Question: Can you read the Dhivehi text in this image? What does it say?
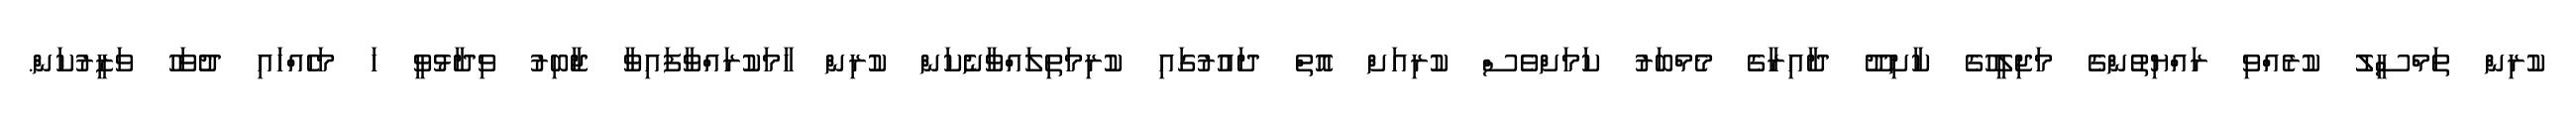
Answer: ކުރިން ތަމްސީލު ކުރެއްވި ރައްޔިތުންގެ މަޖިލީހުގެ ކާށިދޫ ދާއިރާގެ މެމްބަރު ކަމަށްވެސް ކުރިއަށް އޮތް ދައުރުގައި ކުރިމަތިލައްވާނެކަން ކުރިން ހާމަކުރައްވާފައިވާ ޖާބިރު ވިދާޅުވީ ހަ މަހެއްހައި ދުވަހު ވަޒީރުކަން.